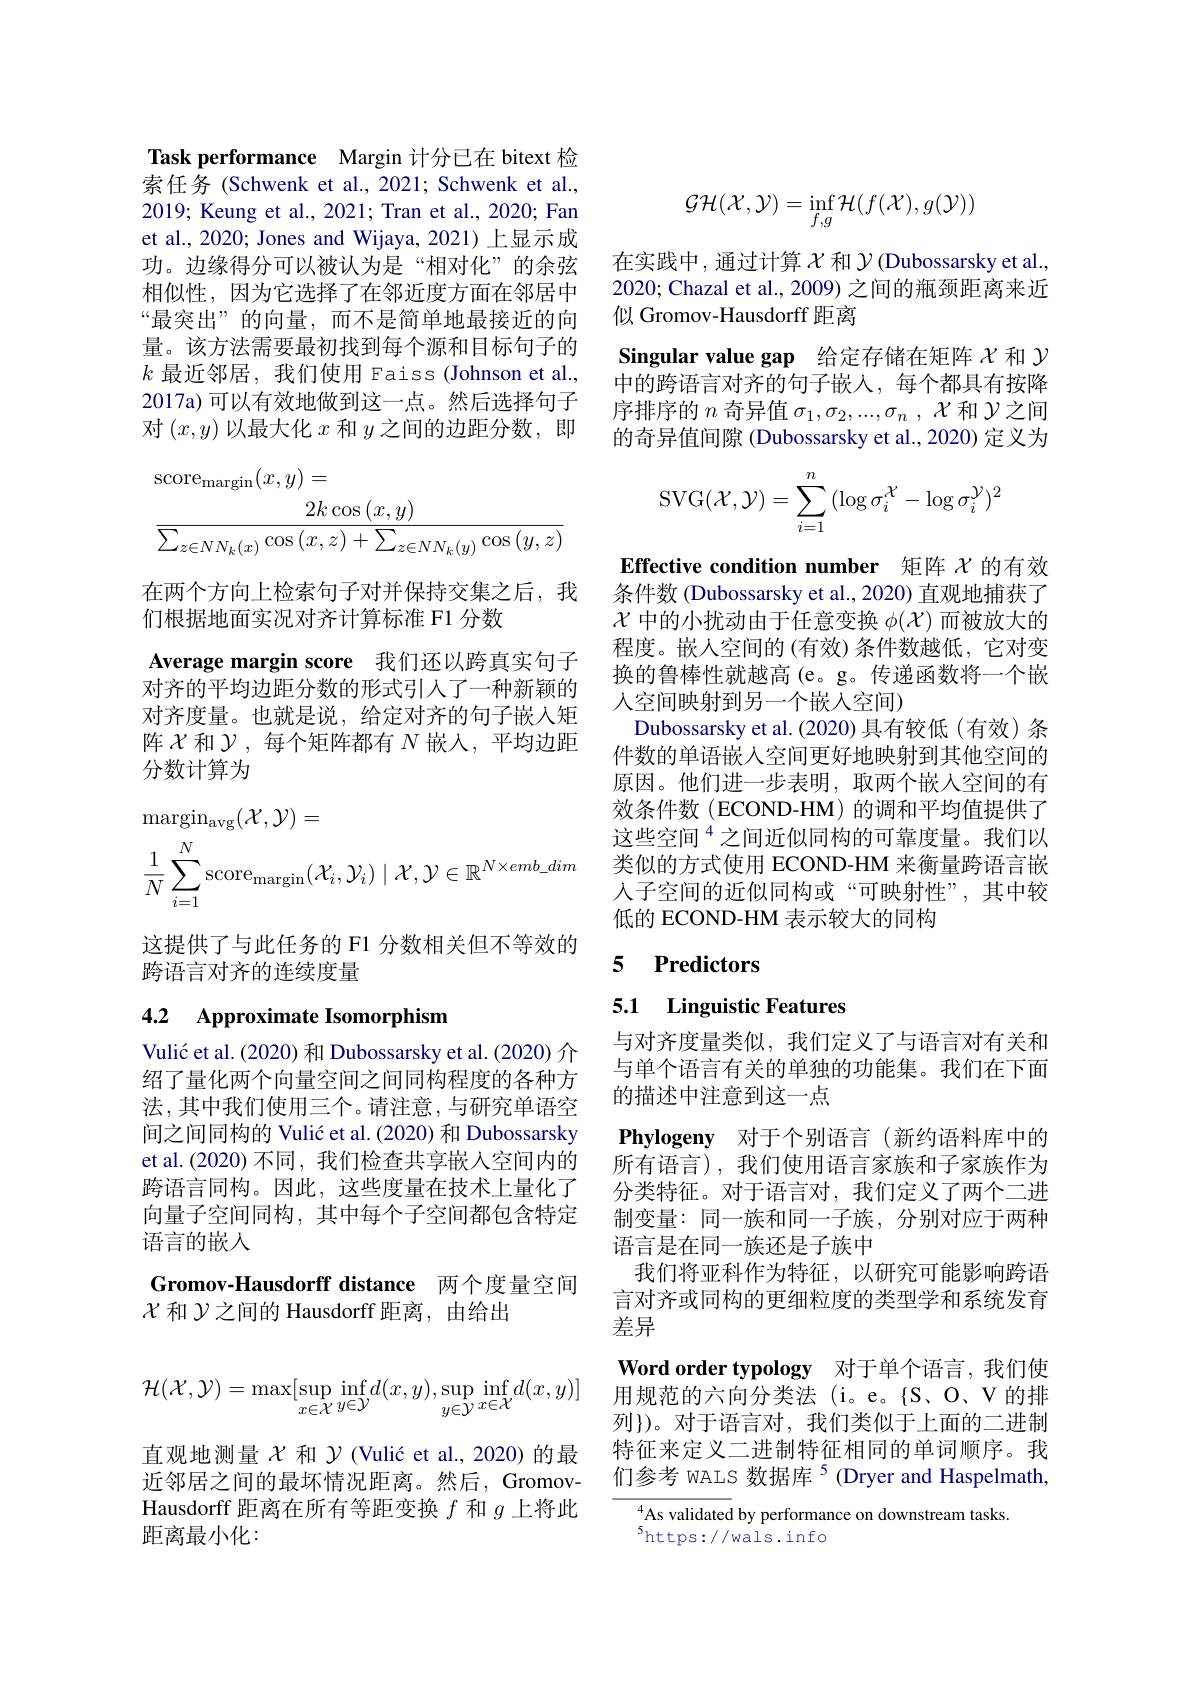
Task performance Margin 计分已在 bitext 检索任务 (Schwenk et al., 2021; Schwenk et al., 2019; Keung et al., 2021; Tran et al., 2020; Fan et al., 2020; Jones and Wijaya, 2021) 上显示成功。边缘得分可以被认为是“相对化”的余弦相似性，因为它选择了在邻近度方面在邻居中“最突出”的向量，而不是简单地最接近的向量。该方法需要最初找到每个源和目标句子的$k$最近邻居，我们使用 Faiss(Johnson et al., 2017a) 可以有效地做到这一点。然后选择句子对$(x,y)$以最大化$x$和$y$之间的边距分数，即
$$\begin{aligned}&\mathrm{score}_{\mathrm{margin}}(x,y)=\\&\frac{2k\cos{(x,y)}}{\sum_{z\in NN_{k}(x)}\cos{(x,z)}+\sum_{z\in NN_{k}(y)}\cos{(y,z)}}\end{aligned}$$
在两个方向上检索句子对并保持交集之后，我
们根据地面实况对齐计算标准 F1 分数

Average margin score 我们还以跨真实句子对齐的平均边距分数的形式引入了一种新颖的对齐度量。也就是说，给定对齐的句子嵌入矩阵$\chi$ 和$\mathcal{Y}$, 每个矩阵都有 $N$ 嵌入，平均边距分数计算为
$$\begin{aligned}&\mathrm{margin}_{\mathrm{avg}}(\mathcal{X},\mathcal{Y})=\\&\frac{1}{N}\sum_{i=1}^{N}\mathrm{score}_{\mathrm{margin}}(\mathcal{X}_{i},\mathcal{Y}_{i})\mid\mathcal{X},\mathcal{Y}\in\mathbb{R}^{N\times emb_dim}\end{aligned}$$
这提供了与此任务的 F1 分数相关但不等效的
跨语言对齐的连续度量

# 4.2 Approximate Isomorphism

Vulićet al. (2020) 和 Dubossarsky et al. (2020) 介绍了量化两个向量空间之间同构程度的各种方法，其中我们使用三个。请注意，与研究单语空间之间同构的 Vulić et al. (2020) 和 Dubossarsky et al.(2020) 不同，我们检查共享嵌人空间内的跨语言同构。因此，这些度量在技术上量化了向量子空间同构，其中每个子空间都包含特定语言的嵌人

Gromov-Hausdorff distance 两个度量空间
$\mathcal{X}$和$\mathcal{Y}$之间的 Hausdorff 距离，由给出
$$\mathcal{GH}(\mathcal{X},\mathcal{Y})=\inf_{f,g}\mathcal{H}(f(\mathcal{X}),g(\mathcal{Y}))$$
在实践中，通过计算$\chi$和$\mathcal{Y}$ (Dubossarsky et al., 2020; Chazal et al., 2009) 之间的瓶颈距离来近似 Gromov-Hausdorff 距离
Singular value gap 给定存储在矩阵$\chi$和$\gamma$ 中的跨语言对齐的句子嵌入，每个都具有按降序排序的$n$奇异值$\sigma_1,\sigma_2,...,\sigma_n,\mathcal{X}$和$\mathcal{Y}$之间的奇异值间隙 (Dubossarsky et al.,2020) 定义为
$$\mathrm{SVG}(\mathcal{X},\mathcal{Y})=\sum_{i=1}^n(\log\sigma_i^{\mathcal{X}}-\log\sigma_i^{\mathcal{Y}})^2$$
Effective condition number 矩阵$\chi$的有效条件数 (Dubossarsky et al., 2020) 直观地捕获了$\chi$中的小扰动由于任意变换$\phi(\mathcal{X})$而被放大的程度。嵌人空间的 (有效) 条件数越低，它对变换的鲁棒性就越高(e。g。传递函数将一个嵌人空间映射到另一个嵌人空间)
Dubossarsky et al. (2020) 具有较低 (有效) 条件数的单语嵌入空间更好地映射到其他空间的原因。他们进一步表明，取两个嵌人空间的有效条件数(ECOND-HM)的调和平均值提供了这些空间$^{4}$之间近似同构的可靠度量。我们以类似的方式使用 ECOND-HM 来衡量跨语言嵌人子空间的近似同构或“可映射性”,其中较低的 ECOND-HM 表示较大的同构

## 5 Predictors

## 5.1 Linguistic Features

与对齐度量类似，我们定义了与语言对有关和与单个语言有关的单独的功能集。我们在下面的描述中注意到这一点
Phylogeny 对于个别语言(新约语料库中的所有语言),我们使用语言家族和子家族作为分类特征。对于语言对，我们定义了两个二进制变量：同一族和同一子族，分别对应于两种语言是在同一族还是子族中
我们将亚科作为特征，以研究可能影响跨语言对齐或同构的更细粒度的类型学和系统发育差异
Word order typology 对于单个语言，我们使用规范的六向分类法(i。e。{S、O、V 的排列})。对于语言对，我们类似于上面的二进制特征来定义二进制特征相同的单词顺序。我们参考 WALS 数据库’(Dryer and Haspelmath,

As validated by performance on downstream tasks.
$^{5}$https://wals.info
$$\mathcal{H}(\mathcal{X},\mathcal{Y})=\max[\sup_{x\in\mathcal{X}}\inf_{y\in\mathcal{Y}}d(x,y),\sup_{y\in\mathcal{Y}}\inf_{x\in\mathcal{X}}d(x,y)]$$
直观地测量$\chi$ 和 $\gamma$ (Vulić et al., 2020) 的最近邻居之间的最坏情况距离。然后，GromovHausdorff 距离在所有等距变换$f$和$g$上将此距离最小化：